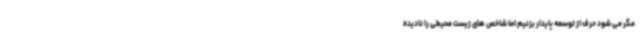
مگر می شود حرف از توسعه پایدار بزنیم اما شاخص های زیست محیطی را نادیده